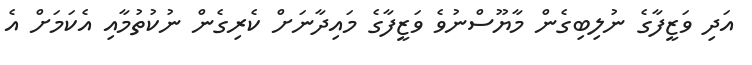
އަދި ވަޒީފާގެ ނުލިބިގެން މާޔޫސްނުވެ ވަޒީފާގެ މައިދާނަށް ކެރިގެން ނުކުތުމާއި އެކަމަށް އެ